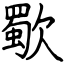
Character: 歜